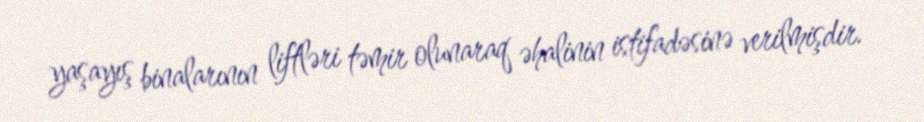
yaşayış binalarının liftləri təmir olunaraq əhalinin istifadəsinə verilmişdir.